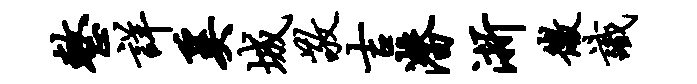
整详奚城敬吉潜浙微识